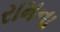
રામના